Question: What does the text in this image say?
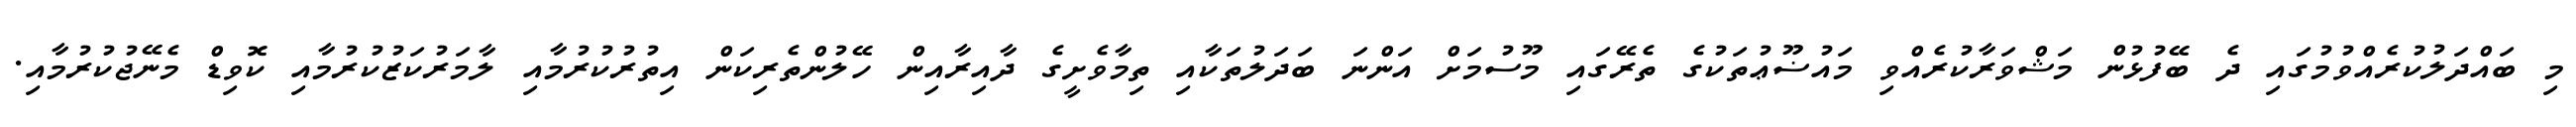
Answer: މި ބައްދަލުކުރެއްވުމުގައި ދެ ބޭފުޅުން މަޝްވަރާކުރެއްވި މައުޟޫޢުތަކުގެ ތެރޭގައި މޫސުމަށް އަންނަ ބަދަލުތަކާއި ތިމާވެށީގެ ދާއިރާއިން ހޭލުންތެރިކަން އިތުރުކުރުމާއި ލާމަރުކަޒުކުރުމާއި ކޮވިޑް މެނޭޖުކުރުމާއި.